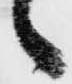
々